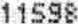
11598